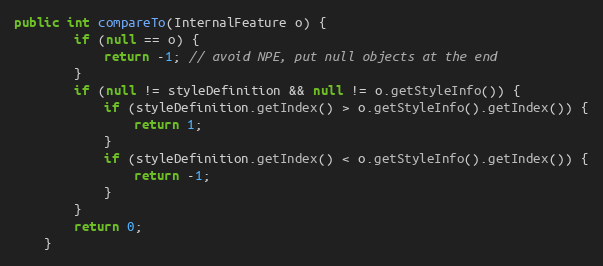
Language: Java
public int compareTo(InternalFeature o) {
		if (null == o) {
			return -1; // avoid NPE, put null objects at the end
		}
		if (null != styleDefinition && null != o.getStyleInfo()) {
			if (styleDefinition.getIndex() > o.getStyleInfo().getIndex()) {
				return 1;
			}
			if (styleDefinition.getIndex() < o.getStyleInfo().getIndex()) {
				return -1;
			}
		}
		return 0;
	}